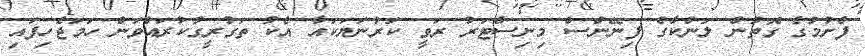
ފެށުމުގެ ގޮތުން ލަންކާގެ ފިނޭންސް މިނިސްޓަރު ރަވީ ކަރުނަޔަކައާ އެކު ތަގުރީގުކުރައްވަން ހަމަޖެހިފައި